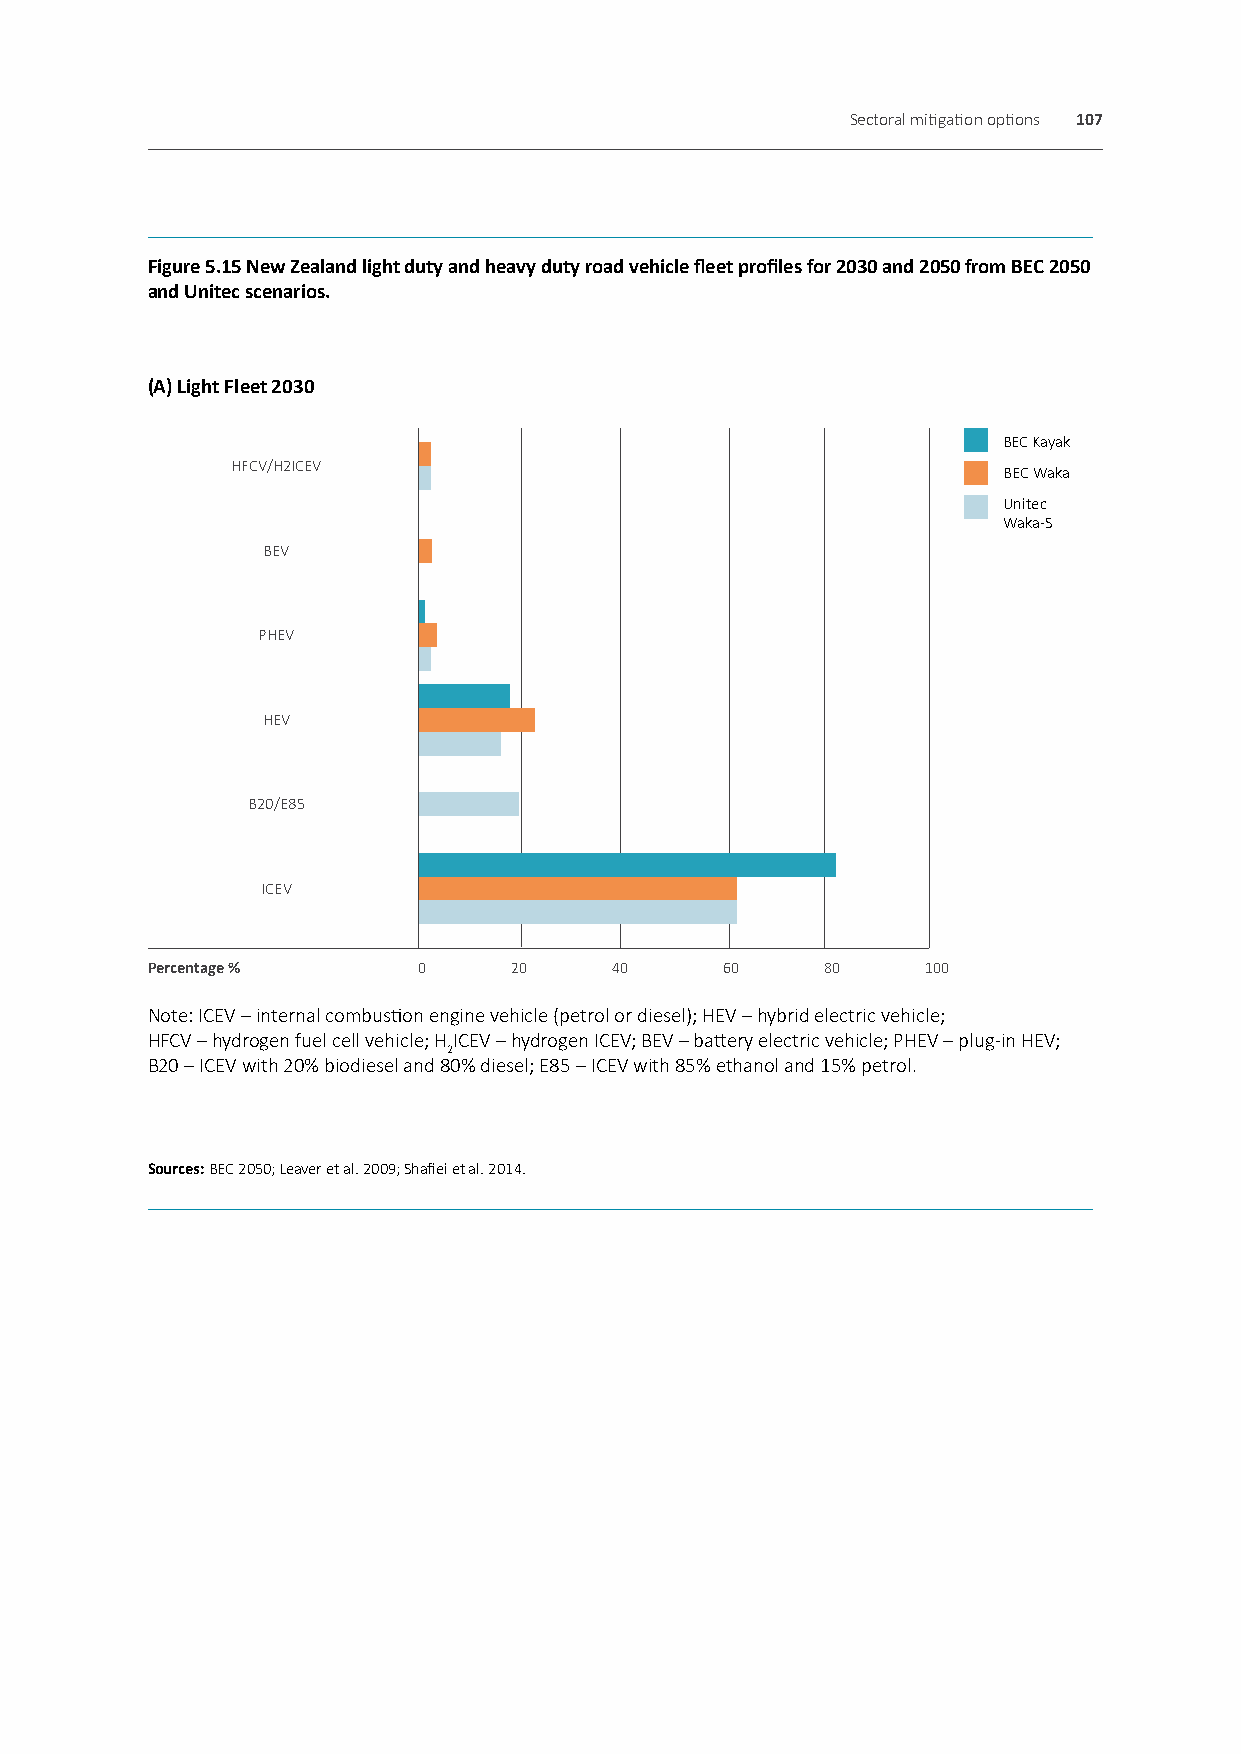
Sectoral mitigation options 107
 Figure 5.15 New Zealand light duty and heavy duty road vehicle fleet profiles for 2030 and 2050 from BEC 2050
 and Unitec scenarios.
 (A) Light Fleet 2030
 BEC Kayak
 HFCV/H2ICEV
 BEC Waka
 Unitec
 Waka-S
 BEV
 PHEV
 HEV
 B20/E85
 ICEV
 Percentage %      0     20    40      60     80    100
 Note: ICEV – internal combustion engine vehicle (petrol or diesel); HEV – hybrid electric vehicle;
 HFCV – hydrogen fuel cell vehicle; HICEV – hydrogen ICEV; BEV – battery electric vehicle; PHEV – plug-in HEV;
 2
 B20 – ICEV with 20% biodiesel and 80% diesel; E85 – ICEV with 85% ethanol and 15% petrol.
 Sources: BEC 2050; Leaver et al. 2009; Shafiei et al. 2014.